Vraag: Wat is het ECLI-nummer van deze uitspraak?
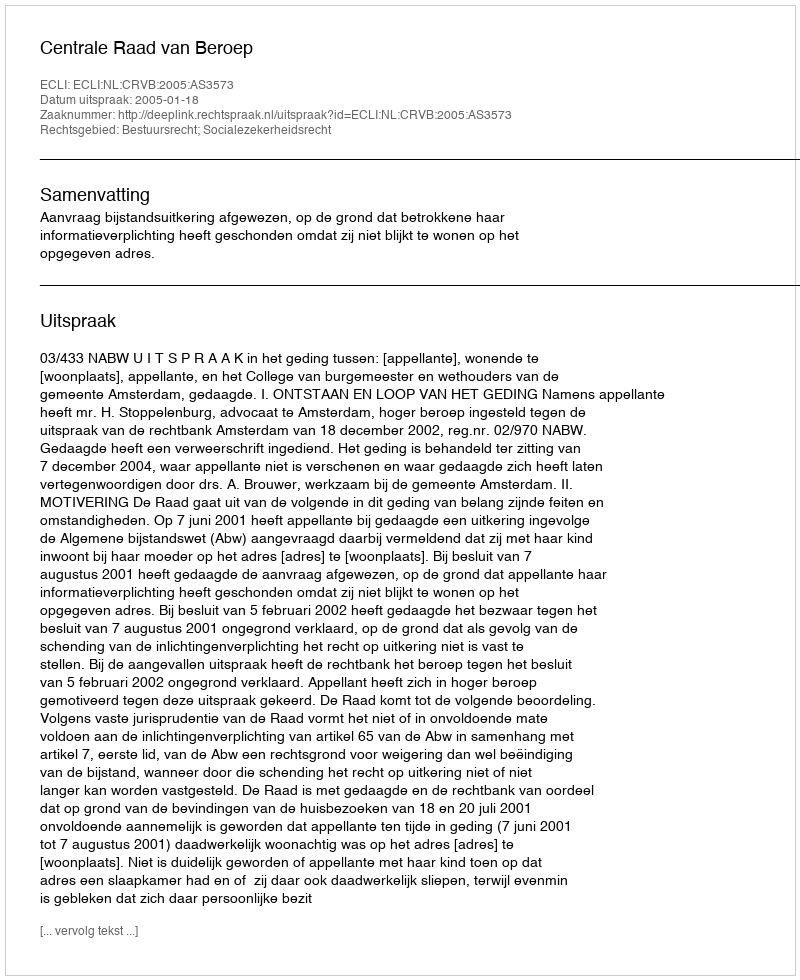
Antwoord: ECLI:NL:CRVB:2005:AS3573